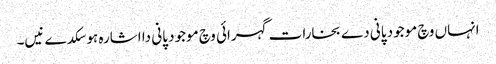
انہاں وچ موجود پانی دے بخارات گہرائی وچ موجود پانی دا اشارہ ہو سکدے نیں۔